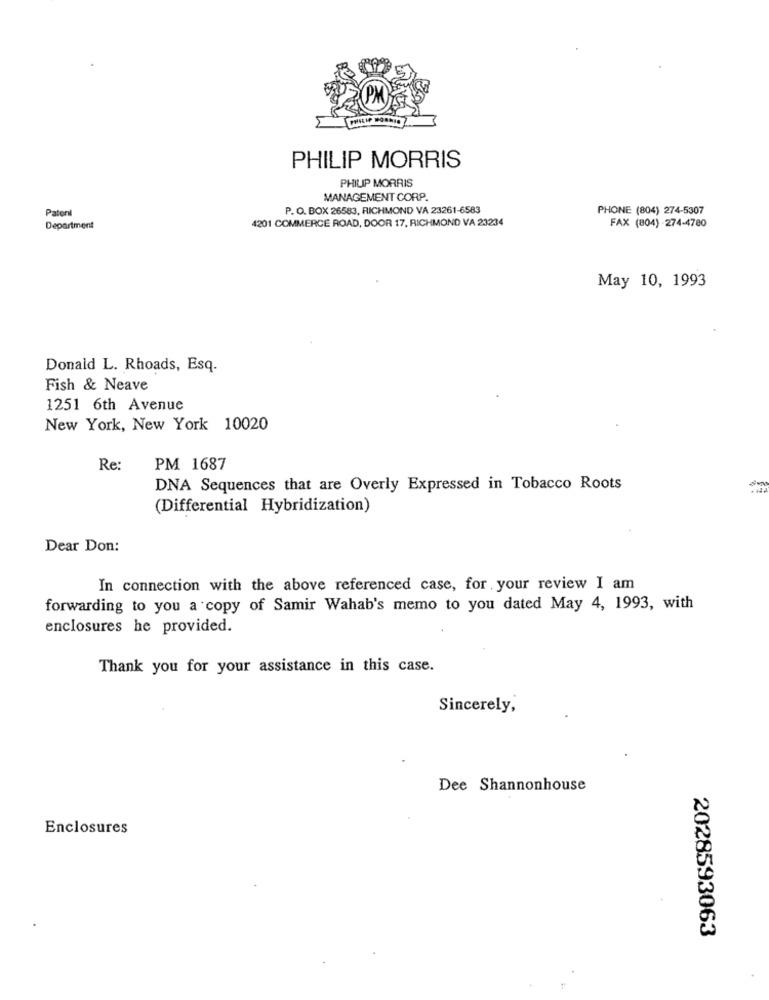
PHILIP MORRIS
PHILIP MORRIS
MANAGEMENT CORP.
Patonl
P. O. BOX 26583, RICHMOND VA 23261-6583
PHONE (804) 274-5307
4201 COMMERCE ROAD, DOOR 17, RICHMOND VA 23234
FAX (804) 274-4780
Department
May 10, 1993
Donald L. Rhoads, Esq.
Fish & Neave
1251 6th Avenue
New York, New York 10020
Re:
PM 1687
DNA Sequences that are Overly Expressed in Tobacco Roots
(Differential Hybridization)
Dear Don:
In connection with the above referenced case, for your review I am
forwarding to you a copy of Samir Wahab's memo to you dated May 4, 1993, with
enclosures he provided.
Thank you for your assistance in this case.
Sincerely,
Dee Shannonhouse
Enclosures
2028593063